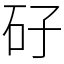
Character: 矷